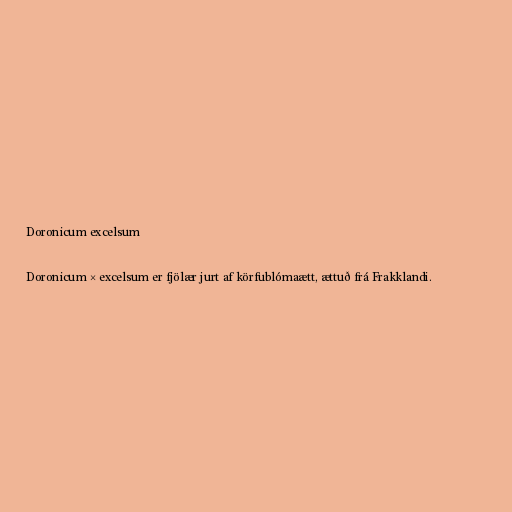
Doronicum excelsum

Doronicum × excelsum er fjölær jurt af körfublómaætt, ættuð frá Frakklandi.